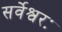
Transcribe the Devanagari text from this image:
सर्वेश्वरः